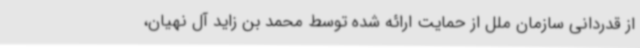
از قدردانی سازمان ملل از حمایت ارائه شده توسط محمد بن زاید آل نهیان،